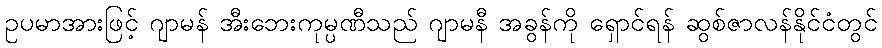
ဥပမာအားဖြင့် ဂျာမန် အီးဘေးကုမ္ပဏီသည် ဂျာမနီ အခွန်ကို ရှောင်ရန် ဆွစ်ဇာလန်နိုင်ငံတွင်